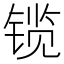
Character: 𫔃